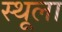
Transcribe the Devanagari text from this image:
स्थूला